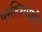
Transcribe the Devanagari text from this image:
परस्त्रियांशी